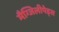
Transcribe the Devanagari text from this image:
मैग्जिलीपेड्स